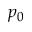
p _ { 0 }